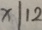
x \vert 1 2